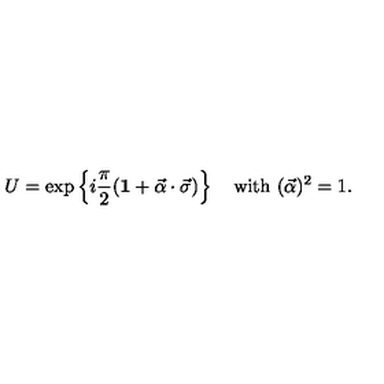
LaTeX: U = \exp \left\{ i \frac { \pi } { 2 } ( { \bf 1 } + \vec { \alpha } \cdot \vec { \sigma } ) \right\} \quad \mathrm { w i t h } \ ( \vec { \alpha } ) ^ { 2 } = 1 .